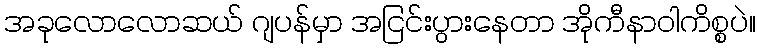
အခုလောလောဆယ် ဂျပန်မှာ အငြင်းပွားနေတာ အိုကီနာဝါကိစ္စပဲ။